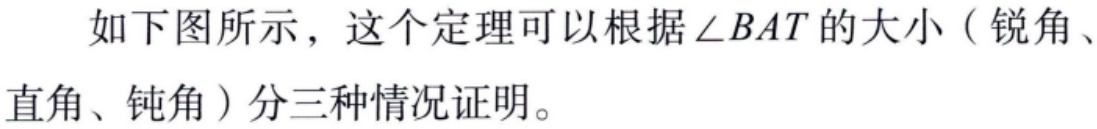
如下图所示，这个定理可以根据\(\angle BAT\)的大小（锐角、直角、钝角）分三种情况证明。